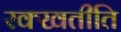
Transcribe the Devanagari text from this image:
रक्खतीति